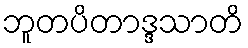
ဘူတပိတာဒ္ဒသာတိ